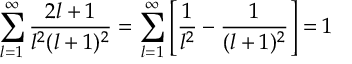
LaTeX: \sum _ { l = 1 } ^ { \infty } { \frac { 2 l + 1 } { l ^ { 2 } ( l + 1 ) ^ { 2 } } } = \sum _ { l = 1 } ^ { \infty } \left[ { \frac { 1 } { l ^ { 2 } } } - { \frac { 1 } { ( l + 1 ) ^ { 2 } } } \right] = 1